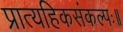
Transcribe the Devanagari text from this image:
प्रात्यहिकसंकल्पः॥